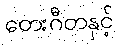
တေးဂီတနှင့်